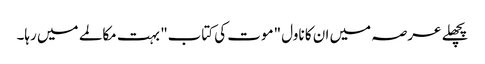
پچھلے عرصہ میں ان کا ناول "موت کی کتاب" بہت مکالمے میں رہا۔